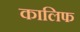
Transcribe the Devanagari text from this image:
कालिफ